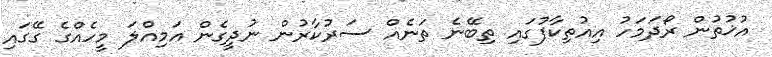
އުޚުތުން ރޯދަމަހު އިއުތިކާފުގައި ތިބޭނެ ތަނެއް ސަރުކާރުން ނުދީގެން އަމިއްލަ މީހެއްގެ ގޭގައި